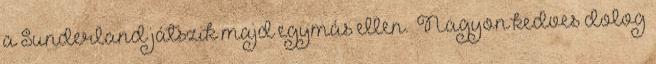
a Sunderland játszik majd egymás ellen. „Nagyon kedves dolog